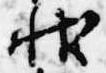
状